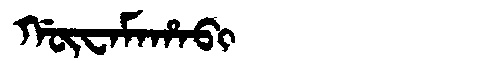
Manchu: ᡤᡡᠸᠠᠮᠠᡥᠠᠪᡳ
Romanization: GŪWAMAHABI